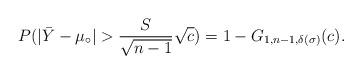
LaTeX: \begin{align*}P( |\bar{Y}-\mu _{\circ }|>\frac{S}{\sqrt{n-1}}\sqrt{c})=1-G_{1,n-1,\delta(\sigma)}(c).\end{align*}